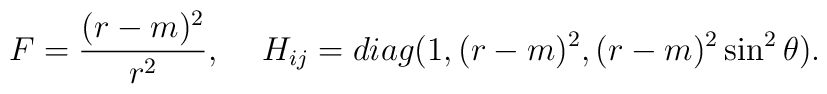
F=\frac{(r-m)^2}{r^2},\hspace*{5mm}H_{ij}=diag(1,(r-m)^2,(r-m)^2\sin^2\theta).